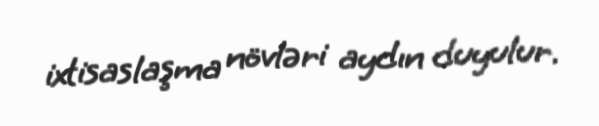
ixtisaslaşma növləri aydın duyulur.